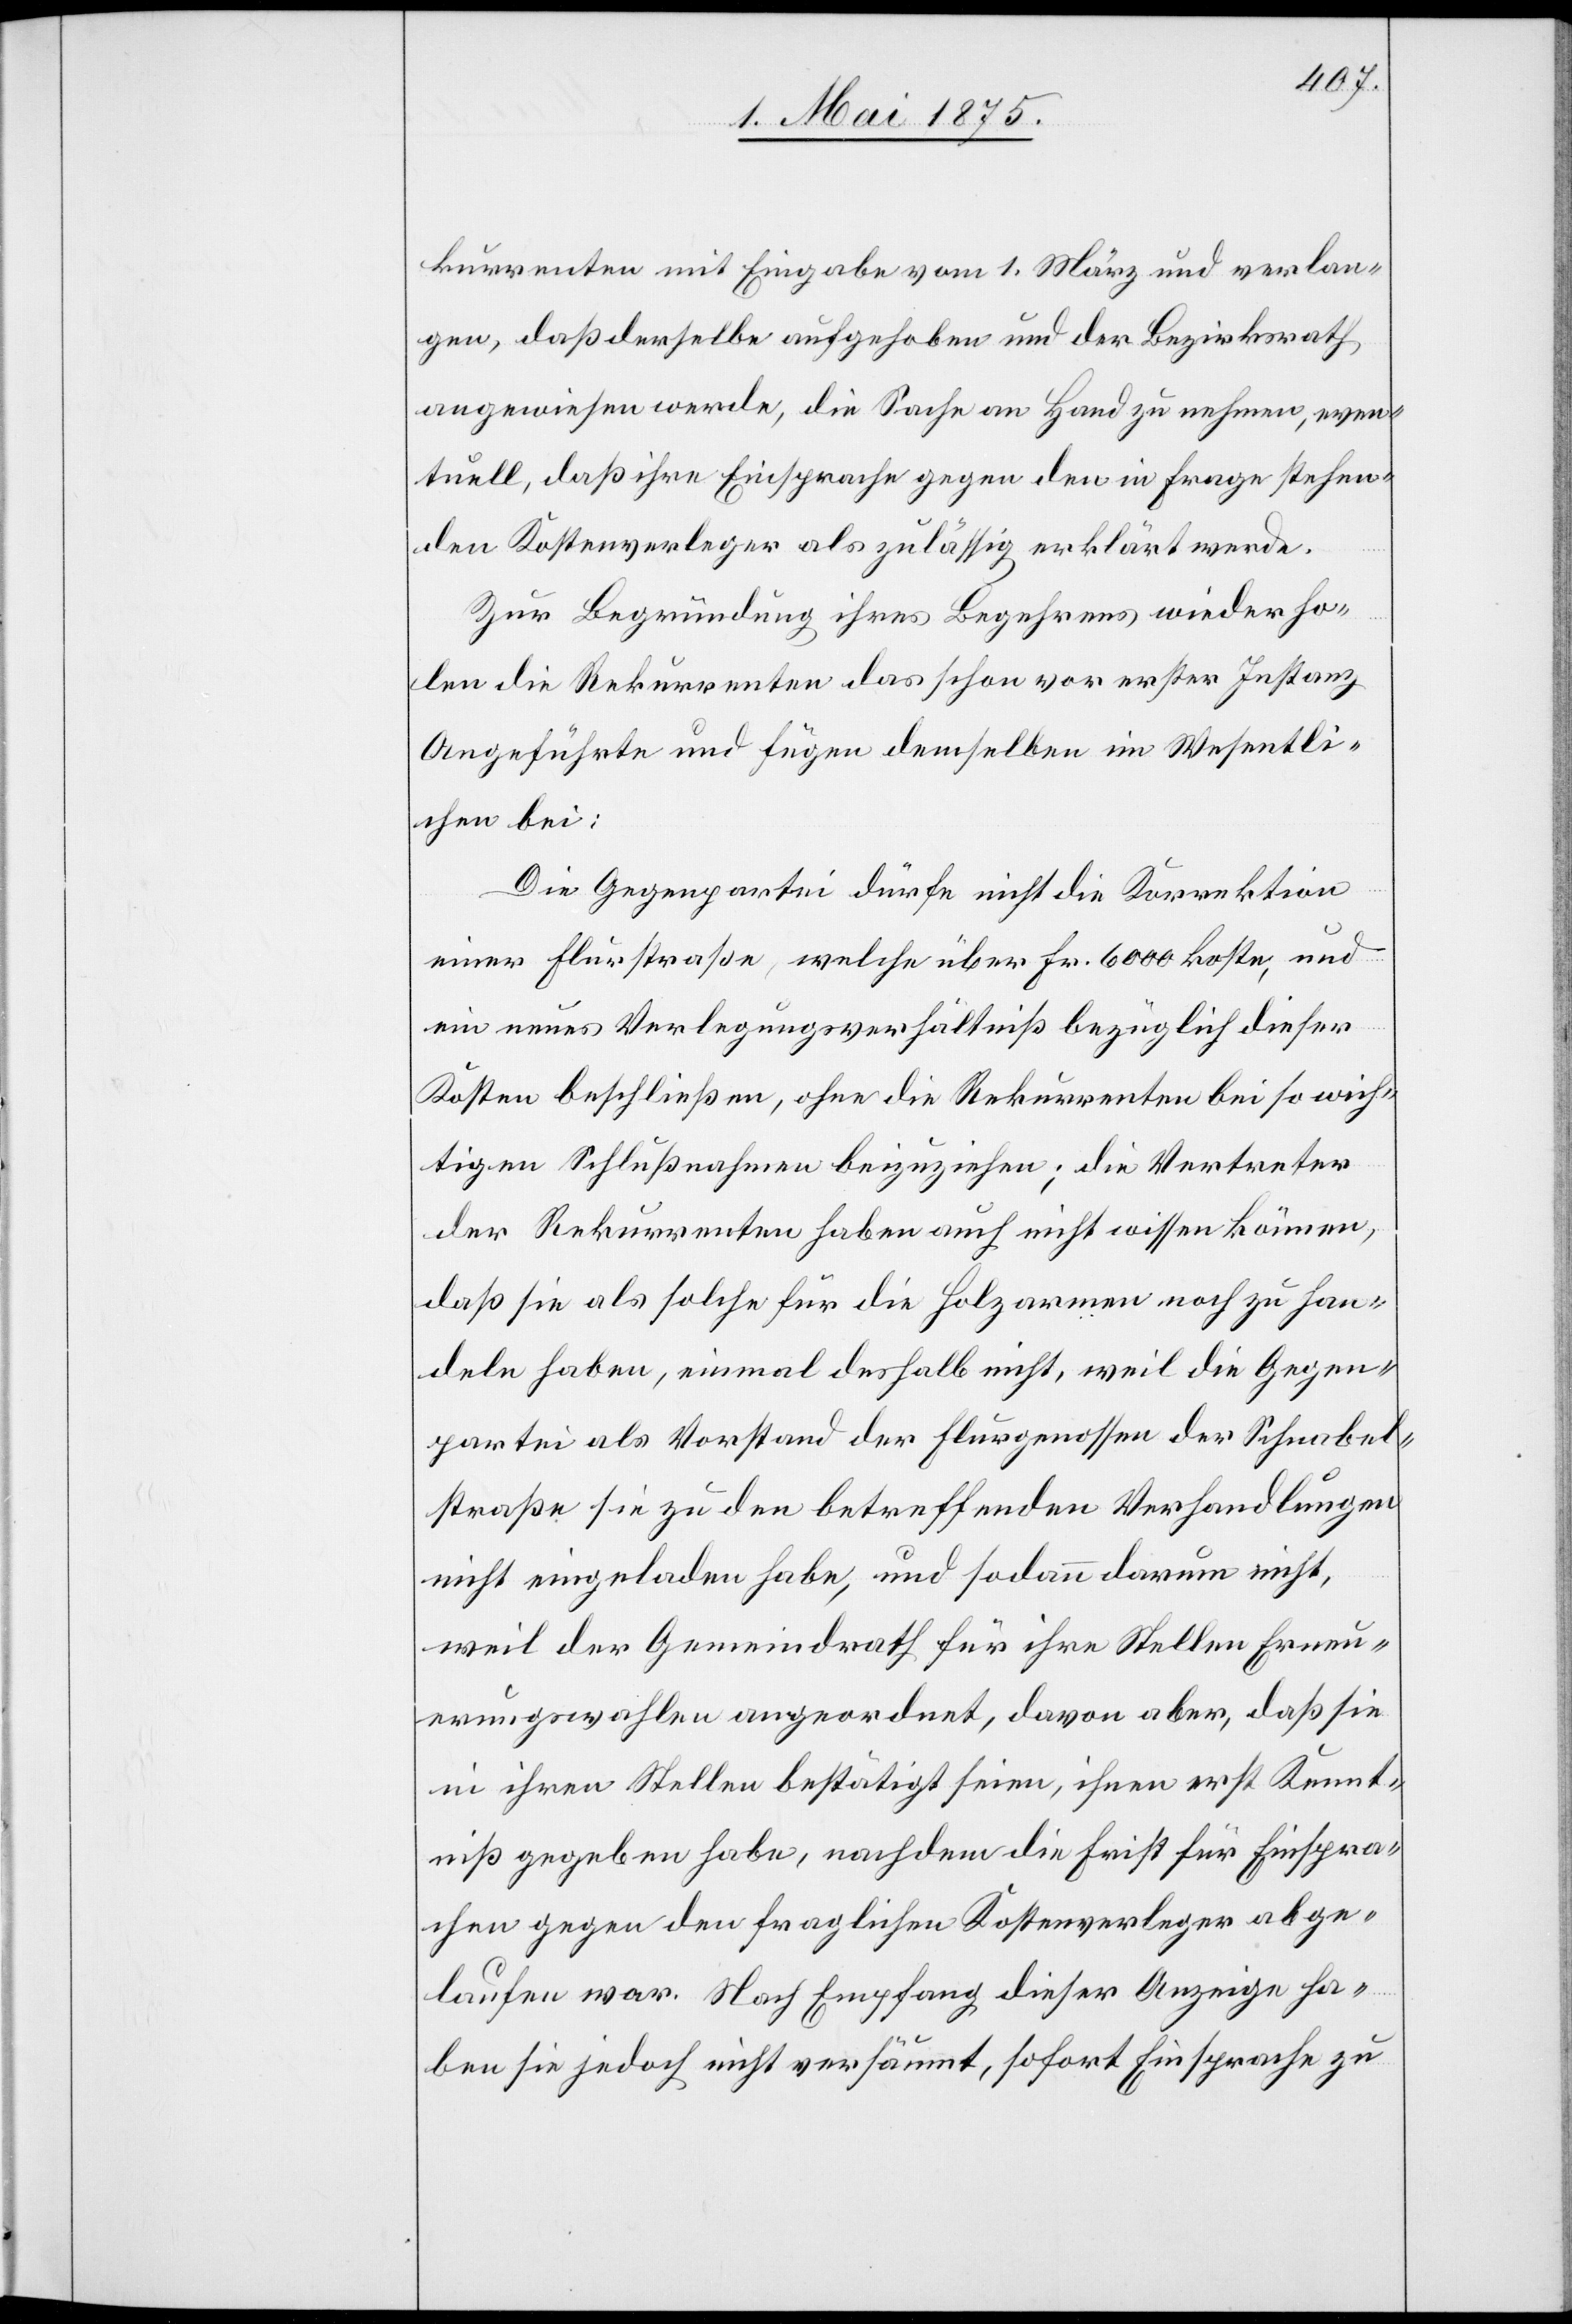
kurrenten mit Eingaben am 1. März und verlan¬
gen, daß derselbe aufgehoben und der Bezirksrath
angewiesen werde, die Sache an Hand zu nehmen, even¬
tuell, daß ihre Einsprache gegen den in Frage stehen¬
den Kostenverleger als zulässig erklärt werde.
zur Begründung ihres Begehrens wiederho¬
len die Rekurrenten das schon vor erster Instanz
Angeführte und fügen demselben im Wesentli¬
chen bei:
Die Gegenpartei dürfe nicht die Korrektion
einer Flurstraßen welche über Fr. 6000 koste, und
ein neues Verlegungsverhältniß bezüglich dieser
Kosten beschließen, ohne die Rekurrenten bei so wich¬
tigen Schlußnahmen beizuziehen; die Vertreter
der Rekurrenten haben auch nicht wissen können,
daß sie als solche für die Holzarmen noch zu han¬
deln haben, einmal deshalb nicht, weil die Gegen¬
partei als Vorstand der Flurgenossen der Schnabel¬
straße sie zu den betreffenden Verhandlungen
nicht eingeladen habe, und sodann darum nicht,
weil der Gemeindrath für ihre Stellen Erneu¬
erungswahlen angeordnet, davon aber, daß sie
in ihren Stellen bestätigt seien, ihnen erst Kennt¬
niß gegeben habe, nachdem die Frist für Einspra¬
chen gegen den fraglichen Kostenverleger abge¬
laufen war. Nach Empfang dieser Anzeige ha¬
ben sie jedoch nicht versäumt, sofort Einsprache zu